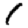
Digit: 1